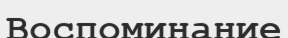
Воспоминание